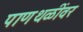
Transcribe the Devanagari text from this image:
पाणथळींवर